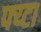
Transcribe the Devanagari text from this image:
फ्य्टा